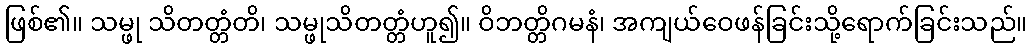
ဖြစ်၏။ သမ္ဖု သိတတ္တံတိ၊ သမ္ဖုသိတတ္တံဟူ၍။ ဝိဘတ္တိဂမနံ၊ အကျယ်ဝေဖန်ခြင်းသို့ရောက်ခြင်းသည်။